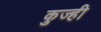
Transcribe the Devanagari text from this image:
कुज्ही